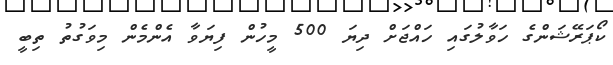
ކޯޕަރޭޝަންގެ ހަވާލުގައި ހައްޖަށް ދިޔަ 500 މީހުން ފިޔަވާ އެންމެން މިވަގުތު ތިބީ